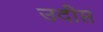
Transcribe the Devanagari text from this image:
उदीप्त